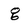
Character: g